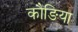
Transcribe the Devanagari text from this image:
कौङिया